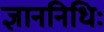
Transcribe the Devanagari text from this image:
ज्ञाननिधिः